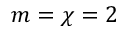
m = \chi = 2